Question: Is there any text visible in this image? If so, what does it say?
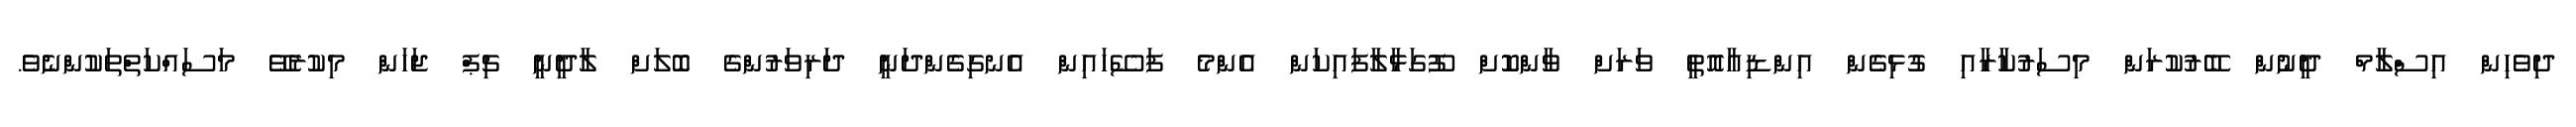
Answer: ދިވެހިން އިސްލާމް ދީނުން ބޭރުކުރަން މިސަރުކާރާއި ގުޅިގެން އިންޑިއާއޮތީ ވަރަށް ވާންކޮށް ފޫގަޅާލާފައިކަން އެންމެ ފަސޭހައިން އެނގިގެންދަނީ ދަރިވަރުންގެ ބޮލަށް ލާދީނީ ޗިޕް ޖަހަން މިކުރެވޭ މަސައްކަތްތަކުންނެވެ.